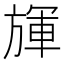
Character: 𣄈